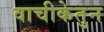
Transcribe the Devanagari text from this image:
वाचीकेतुन